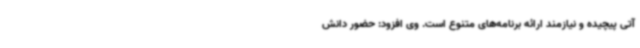
آتی پیچیده و نیازمند ارائه برنامه‌های متنوع است. وی افزود: حضور دانش